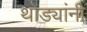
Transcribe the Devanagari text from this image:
थोड्यांनी